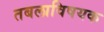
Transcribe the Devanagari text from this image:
तबलाविषयक